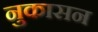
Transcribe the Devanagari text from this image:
नुकासन